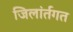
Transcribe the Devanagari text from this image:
जिलांर्तगत